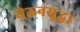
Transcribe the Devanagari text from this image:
येऊनसुद्धा